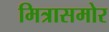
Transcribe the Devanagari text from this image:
मित्रासमोर